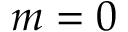
m = 0